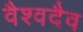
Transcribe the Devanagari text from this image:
वैश्वदैव